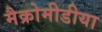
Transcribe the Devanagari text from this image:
मैक्रोमीडीया